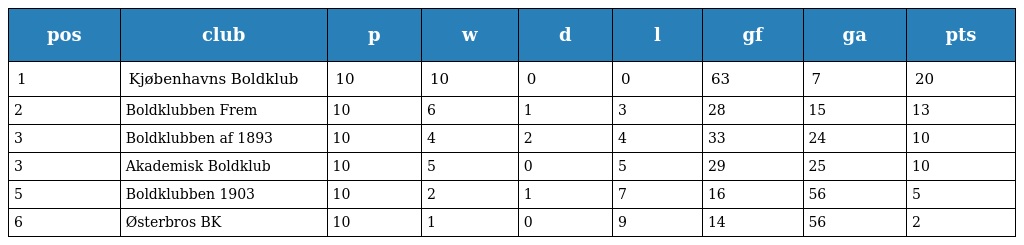
| pos | club | p | w | d | l | gf | ga | pts |
 | --- | --- | --- | --- | --- | --- | --- | --- | --- |
 | 1 | Kjøbenhavns Boldklub | 10 | 10 | 0 | 0 | 63 | 7 | 20 |
 | 2 | Boldklubben Frem | 10 | 6 | 1 | 3 | 28 | 15 | 13 |
 | 3 | Boldklubben af 1893 | 10 | 4 | 2 | 4 | 33 | 24 | 10 |
 | 3 | Akademisk Boldklub | 10 | 5 | 0 | 5 | 29 | 25 | 10 |
 | 5 | Boldklubben 1903 | 10 | 2 | 1 | 7 | 16 | 56 | 5 |
 | 6 | Østerbros BK | 10 | 1 | 0 | 9 | 14 | 56 | 2 |